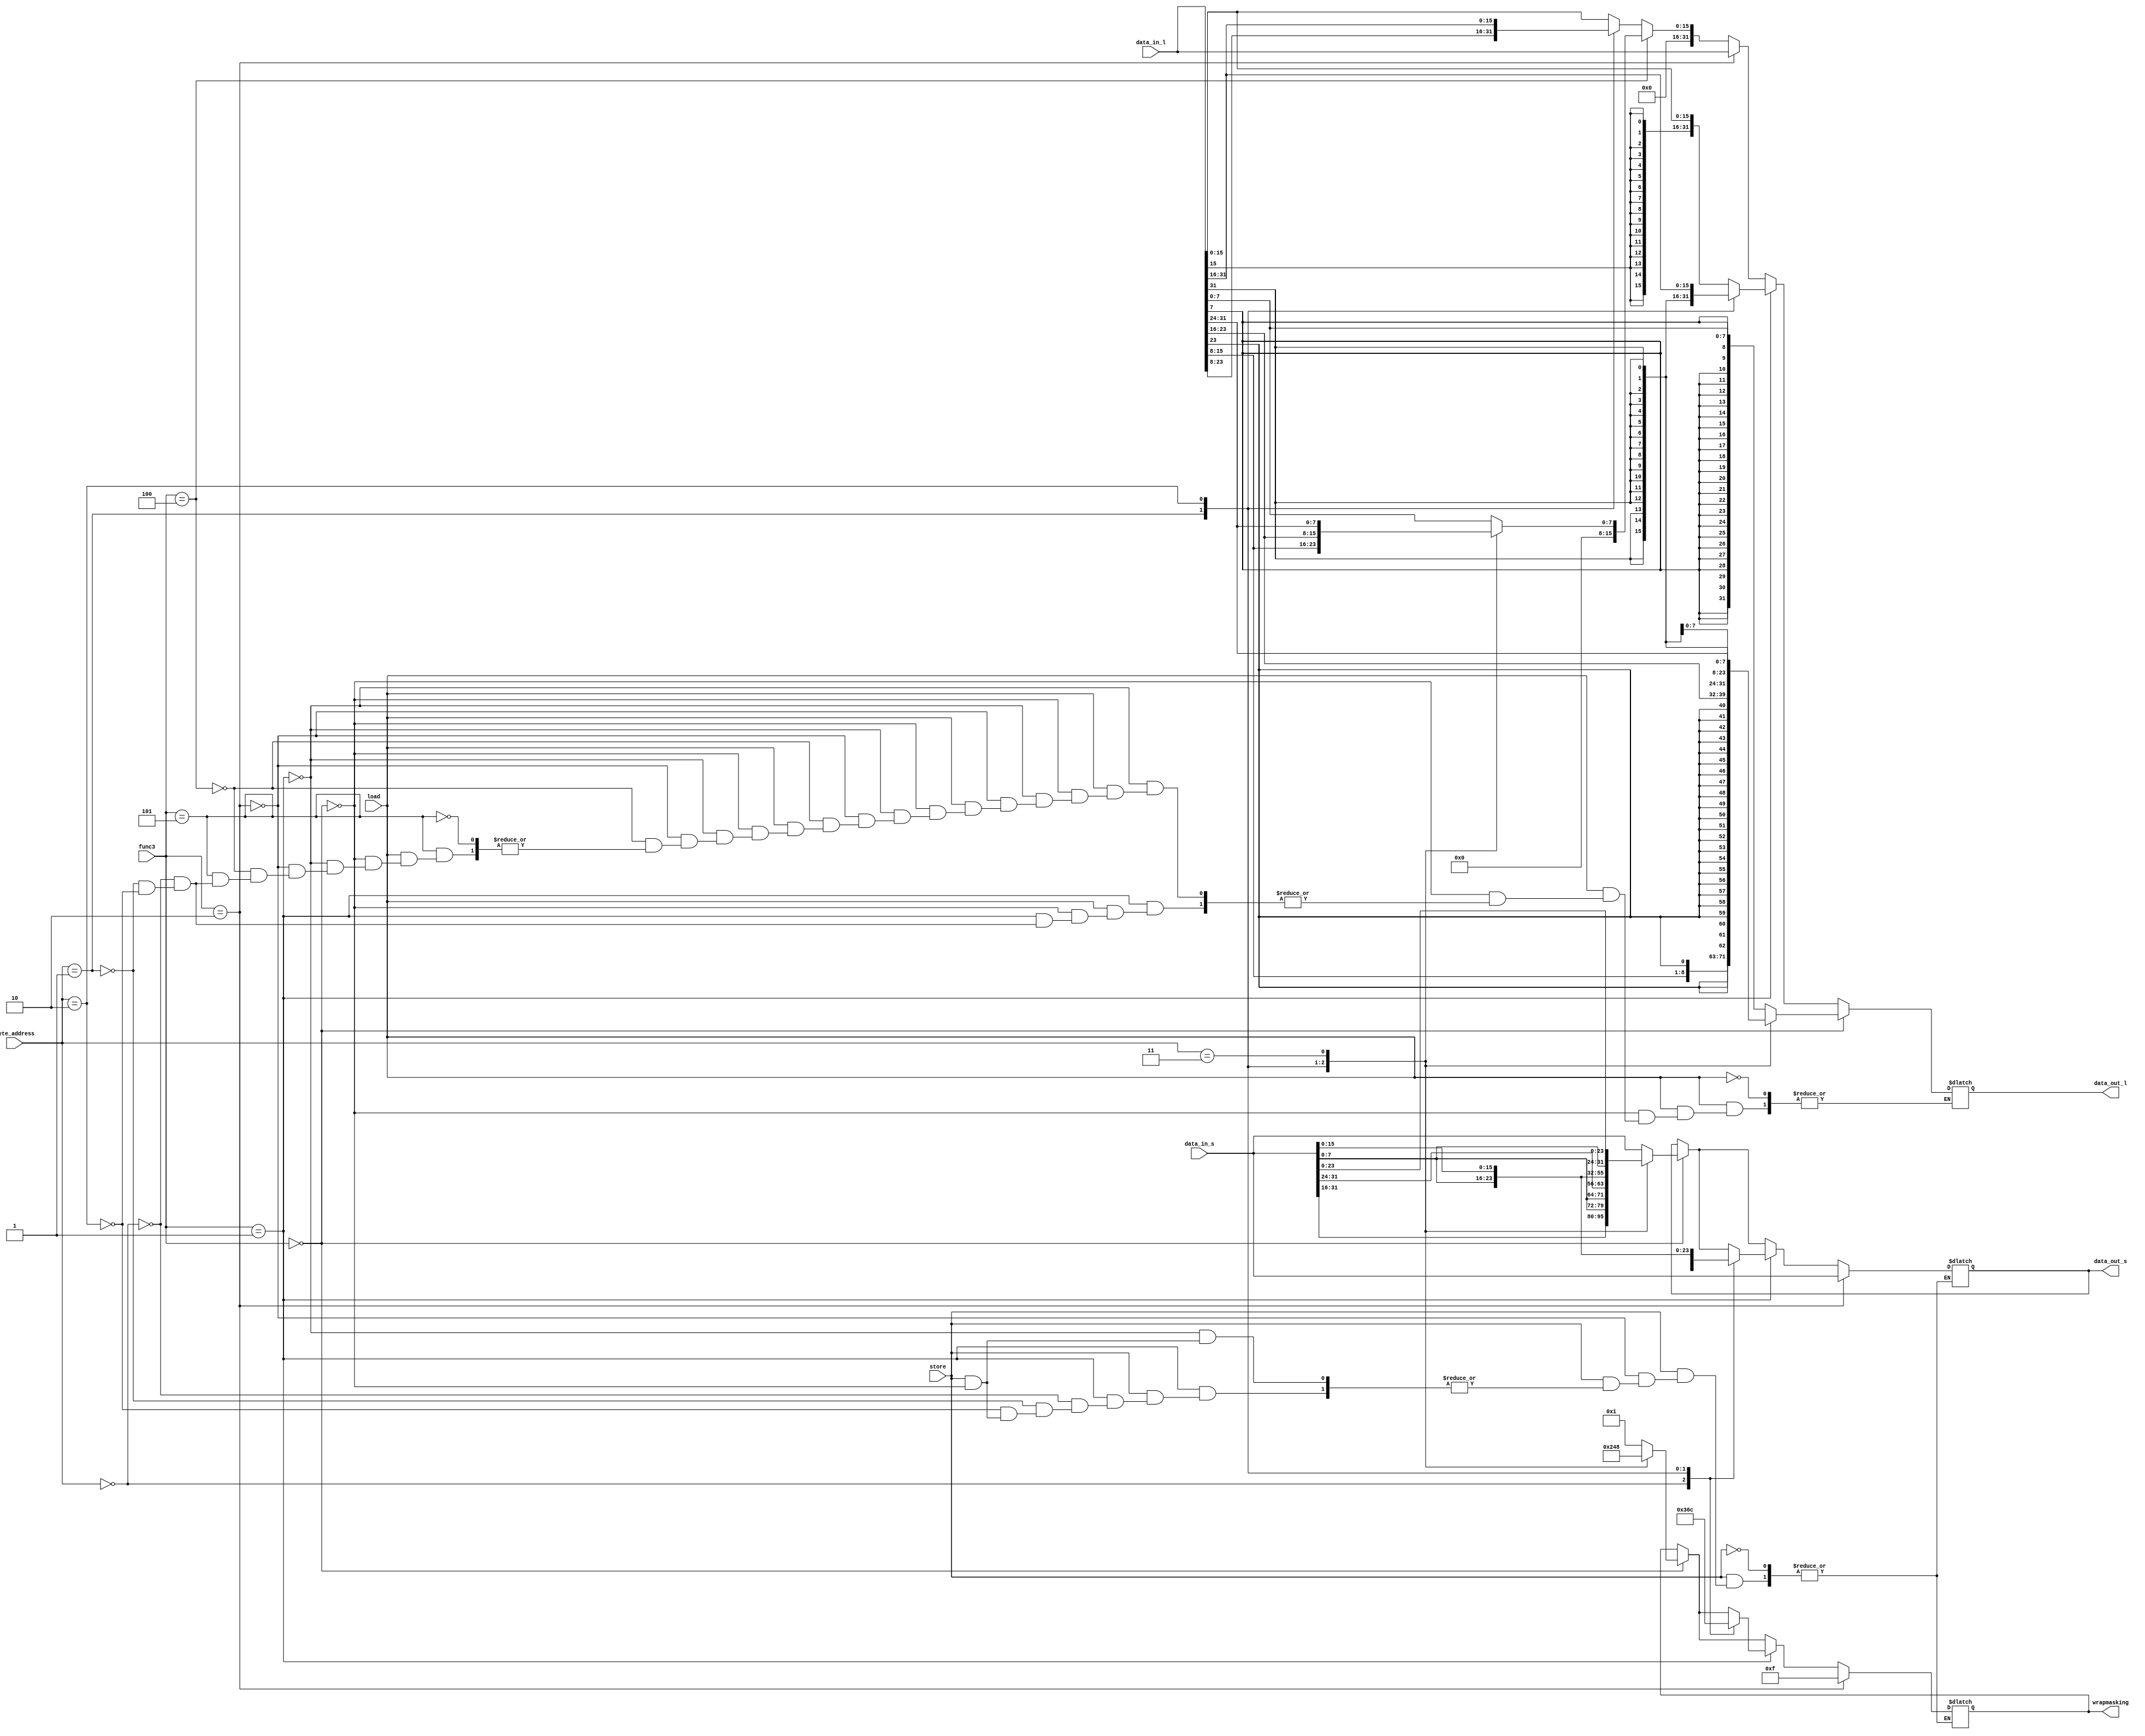
module wrapper (
    
    input  wire load ,
    input wire store,
    input wire [31:0] data_in_l,
    input wire [31:0] data_in_s,
    input wire [2:0] func3,
    input wire [1:0] byte_address,
   
 
    output reg [31:0]data_out_l,
    output reg [31:0]data_out_s,
    output  reg [3:0] wrapmasking
);
    
    always @(*) begin
    if (store) begin
        if(func3==3'b000)begin
   case (byte_address)
    2'b00: begin
            wrapmasking = 4'b0001;
                    data_out_s = data_in_s;
                end
                2'b01: begin
                    wrapmasking = 4'b0010;
                    data_out_s = {data_in_s[31:16],data_in_s[7:0],data_in_s[7:0]};
                end
                2'b10: begin
                    wrapmasking = 4'b0100;
                    data_out_s = {data_in_s[31:24],data_in_s[7:0],data_in_s[15:0]};
                end
                2'b11: begin
                    wrapmasking = 4'b1000;
                    data_out_s = {data_in_s[7:0],data_in_s[23:0]};
                end
               endcase 
            end
          
            if(func3==3'b001)begin                                        //halfword
                case (byte_address)
                 2'b00: begin
                    wrapmasking = 4'b0011;
                    data_out_s = data_in_s;
                 end
                 2'b01: begin
                    wrapmasking = 4'b0110;
                    data_out_s = {data_in_s[31:24],data_in_s[15:0],data_in_s[7:0]};
                 end
                 2'b10: begin
                    wrapmasking = 4'b1100;
                    data_out_s = {data_in_s[15:0],data_in_s[15:0]};
                 end
                endcase   
            end

            if(func3==3'b010) begin                                        //word
                wrapmasking = 4'b1111;
                data_out_s = data_in_s;
            end
        end  

 if(load)begin
        
        if (func3 == 3'b000)begin                                           //byte

            case (byte_address)
            2'b00 :  data_out_l = {{24{data_in_l[7]}},data_in_l[7:0]};
            2'b01 :  data_out_l = {{24{data_in_l[15]}},data_in_l[15:8]};
            2'b10 :  data_out_l = {{24{data_in_l[23]}},data_in_l[23:16]};
            2'b11 :  data_out_l = {{24{data_in_l[31]}},data_in_l[31:24]};
            endcase

        end
        else if (func3 == 3'b001)begin                                     //halfword

            case (byte_address)
            2'b00 :  data_out_l = {{16{data_in_l[15]}},data_in_l[15:0]};
            2'b01 :  data_out_l = {{16{data_in_l[23]}},data_in_l[23:8]};
            2'b10 :  data_out_l = {{16{data_in_l[31]}},data_in_l[31:16]};
            // 2'b11 :  data_out_l = {{16{data_in_l[31]}},data_in_l[31:16]};                                                                                                                                                                                                                                                                                                                                                             
            endcase

        end

        else if (func3==3'b010)begin                                       //word

        data_out_l = data_in_l;

        end
        else if(func3==3'b100)begin                                       //byte unsigned
            case (byte_address)
            2'b00 :  data_out_l = {24'b0,data_in_l[7:0]};
            2'b01 :  data_out_l = {24'b0,data_in_l[15:8]};
            2'b10 :  data_out_l = {24'b0,data_in_l[23:16]};
            2'b11 :  data_out_l = {24'b0,data_in_l[31:24]};
            endcase
        end
        else if(func3==3'b101)begin                                       //half word unsigned
            case (byte_address)
            2'b00 :  data_out_l = {16'b0,data_in_l[15:0]};
            2'b01 :  data_out_l = {16'b0,data_in_l[23:8]};
            2'b10 :  data_out_l = {16'b0,data_in_l[31:16]};
            // 2'b11 :  data_out_l = {16'b0,data_in_l[31:16]};                                                                                                                                                                                                                                                                                                                                                             
            endcase

        end
    end












 end
    
    
endmodule